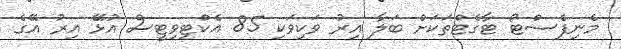
މެނިފެސްޓޯ ޓާގެޓްތަކަށް ބަލާ އިރު ވަކިވަކި 85 އެކްޓިވިޓީސް އުޅޭ އިރު އޭގެ